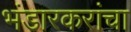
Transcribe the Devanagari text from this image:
भंडारकरांचा